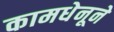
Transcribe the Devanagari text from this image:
कामधेनूने